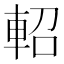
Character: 軺